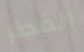
الفطر